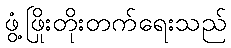
ဖွံ့ဖြိုးတိုးတက်ရေးသည်